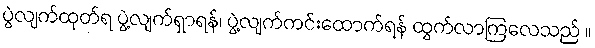
ပွဲလျက်ထုတ်ရ ပွဲ့လျက်ရှာရန်၊ ပွဲ့လျက်ကင်းထောက်ရန် ထွက်လာကြလေသည် ။